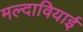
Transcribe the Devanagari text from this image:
मल्दावियाई